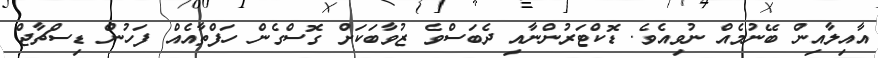
އާއިލާއިން ބޭނުމެއް ނުވިއެވެ. ޑޮކްޓަރުންނާއި ދެބަސްވެ ޒުވާބަކަށް ގޮސްގެން ހަފްތާއެއް ފަހުން ޑިސްޗާޖް